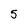
Character: 5